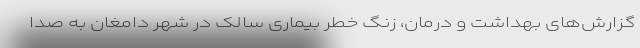
گزارش‌های بهداشت و درمان، زنگ خطر بیماری سالک در شهر دامغان به صدا